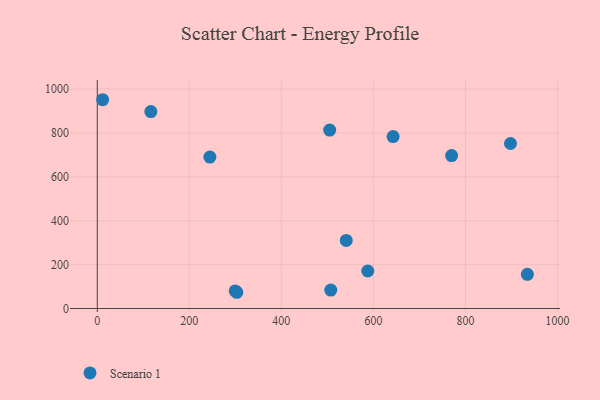
{"axis": {"x": "Experience", "y": "Rating"}, "legend": ["Scenario 1"], "data": [{"x": "934.6", "y": 156.1, "type": "Scenario 1"}, {"x": "11.6", "y": 951.6, "type": "Scenario 1"}, {"x": "299.7", "y": 80.1, "type": "Scenario 1"}, {"x": "587.8", "y": 171.0, "type": "Scenario 1"}, {"x": "541.0", "y": 310.5, "type": "Scenario 1"}, {"x": "897.9", "y": 752.2, "type": "Scenario 1"}, {"x": "303.2", "y": 74.1, "type": "Scenario 1"}, {"x": "505.0", "y": 813.4, "type": "Scenario 1"}, {"x": "642.8", "y": 783.7, "type": "Scenario 1"}, {"x": "116.4", "y": 897.7, "type": "Scenario 1"}, {"x": "244.7", "y": 690.3, "type": "Scenario 1"}, {"x": "507.4", "y": 84.0, "type": "Scenario 1"}, {"x": "770.0", "y": 697.3, "type": "Scenario 1"}]}